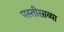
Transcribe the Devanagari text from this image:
पस्तीसाव्या